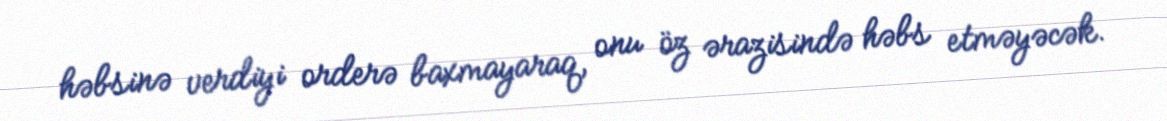
həbsinə verdiyi orderə baxmayaraq, onu öz ərazisində həbs etməyəcək.